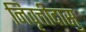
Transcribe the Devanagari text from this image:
निवृत्तीदासु